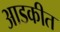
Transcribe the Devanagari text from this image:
आडकीत